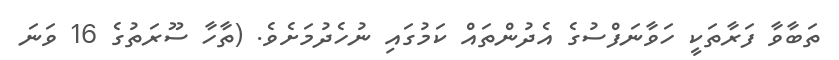
ތަބާވާ ފަރާތަކީ ހަވާނަފްސުގެ އެދުންތައް ކަމުގައި ނުހެދުމަށެވެ. (ތާހާ ސޫރަތުގެ 16 ވަނަ